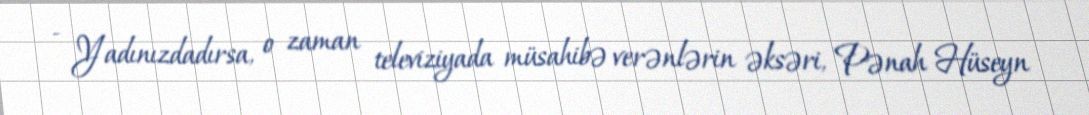
- Yadınızdadırsa, o zaman televiziyada müsahibə verənlərin əksəri, Pənah Hüseyn